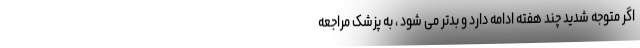
اگر متوجه شدید چند هفته ادامه دارد و بدتر می شود ، به پزشک مراجعه